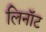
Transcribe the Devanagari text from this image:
लिनॉट